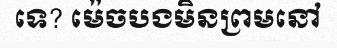
ទេ? ម៉េចបងមិនព្រមនៅ